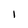
Character: l